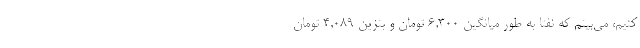
کنیم، می‌بینم که نفتا به طور میانگین ۶,۳۰۰ تومان و بنزین ۴,۰۸۹ تومان